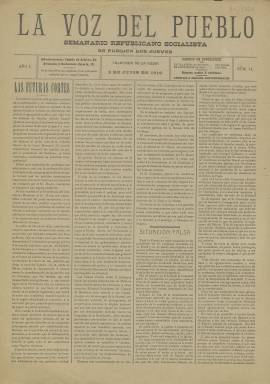
Título: La Voz del pueblo (Talavera de la Reina)
Colección: Periódicos
Ámbito geográfico: Toledo
Lugar de publicación: Talavera de la Reina [Toledo]
Fechas: 02/06/1910-02/06/1910